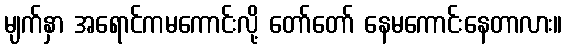
မျက်နှာ အရောင်ကမကောင်းလို့ တော်တော် နေမကောင်းနေတာလား။